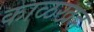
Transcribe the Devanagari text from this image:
काळखंड